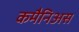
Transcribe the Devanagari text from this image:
कमैनिअस